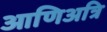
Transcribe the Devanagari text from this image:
आणिअत्रि